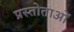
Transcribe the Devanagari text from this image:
प्रस्तोताओं